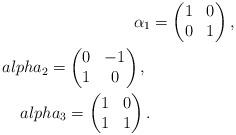
LaTeX: \begin{align*}\alpha_1 &= \begin{pmatrix}1 & 0 \\0 & 1\end{pmatrix}, \ \\alpha_2 = \begin{pmatrix}0 & -1 \\1 & 0\end{pmatrix}, \ \\alpha_3 = \begin{pmatrix}1 & 0 \\1 & 1\end{pmatrix}.\end{align*}